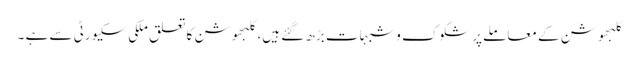
کلبھوشن کے معاملے پرشکوک وشبہات بڑھ گئے ہیں، کلبھوشن کا تعلق ملکی سکیورٹی سے ہے ۔